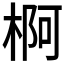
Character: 𱣲